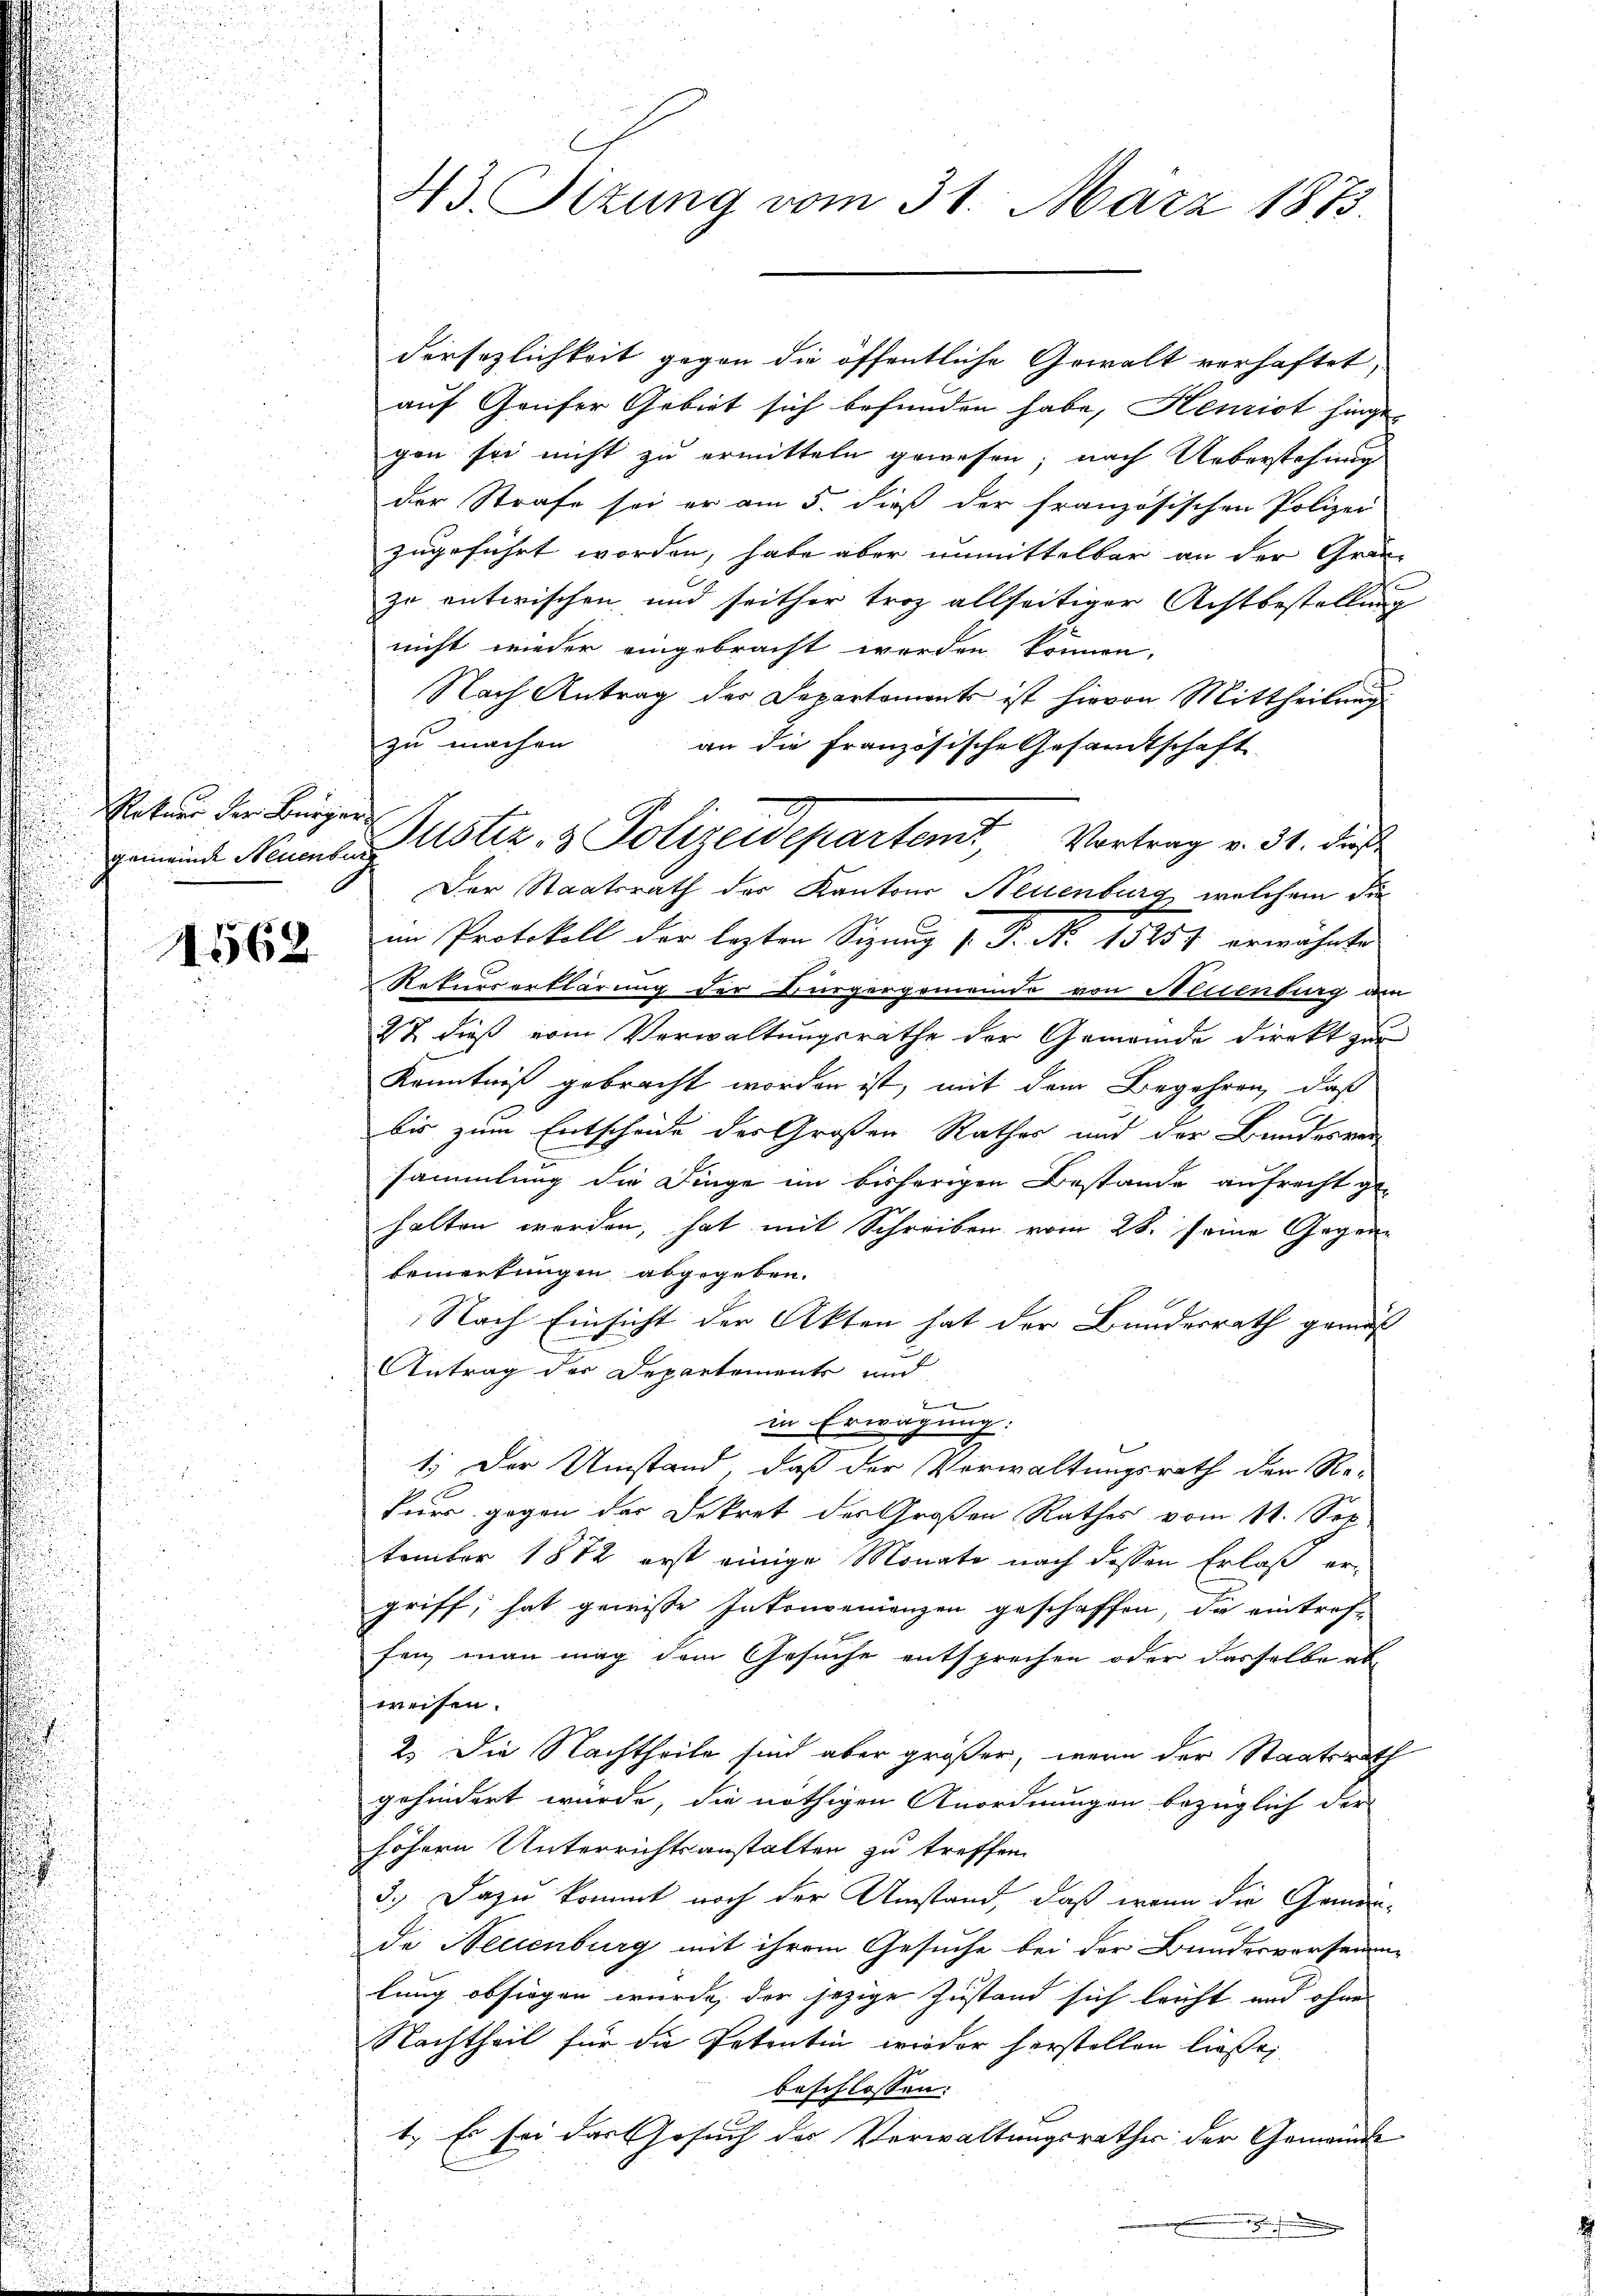
Rekurs der Bürger

11562

43. Sizung vom 31. März 1873.

Gemeinde Neuenburg Astiz- & Polizeideparten Vortrag v. 31. das
Der Staatsrath des Kantons Neuenburg, welchem die

dersezlichkeit gegen die öffentliche Gewalt verhaftet,
auf Genfer Gebiet sich befunden habe, Henziot hinge-
gen sei nicht zu ermitteln gewesen; nach Ueberstehung
der Strafe sei er am 5. dieß der französischen Polizei
zugeführt worden, habe aber unmittelbar an der Gra-
zu entwischen und seither troz allseitiger Achtbestellung
nicht wieder eingebracht werden können,
Nach Antrag der Departements ist hievon Mittheilung
zu machen
an die Französische Gesandtschaft
im Protokoll der lezten Sitzung P. P. Nr. 15257 erwähnte
Rekurserklärung der Bürgergemeinde von Neuenburg am
27 dieß vom Verwaltungsrathe der Gemeinde direkt zur
Kenntniß gebracht worden ist, mit dem Begehren, daß
bis zum Entscheide der Großen Rathes und der Bundesver-
sammlung die Dinge im bisherigen Bestande aufrecht ge-
halten werden, hat mit Schreiben vom 28. seine Gegen-
bemerkungen abgegeben.
Nach Einsicht der Akten hat der Bundesrath gemäß
Antrag der Departemente und
2
in Erwägung:
1.) Der Umstand, daß der Verwaltungsrath den Re-
kurs gegen der Dekret der Großen Rathes vom 11. Sep.
tember 1872 erst einige Monate nach dessen Erlaß ergriff, hat gewisse Inkonvenienzen geschaffen, die eintref-
fen, man mag dem Gesuche entsprechen oder dasselbe ab
weisen.
2.) Die Nachtheile sind aber größer, wenn der Staatsrath
gehindert wurde, die nöthigen Anordnungen bezüglich der
höhern Unterrichtsanstalten zu treffen.
3.) Dazu kommt noch der Umstand, daß wenn die Gemein-
de Neuenburg mit ihrem Gesuche bei der Bundesversamm-
lung obsiegen wurde, der jezige Zustand sich leicht und ohne
Nachtheil für die Petentin wieder herstellen ließe,
beschlossen:
1. Es sei das Gesuch der Verwaltungsrathes der Gemeinde
.